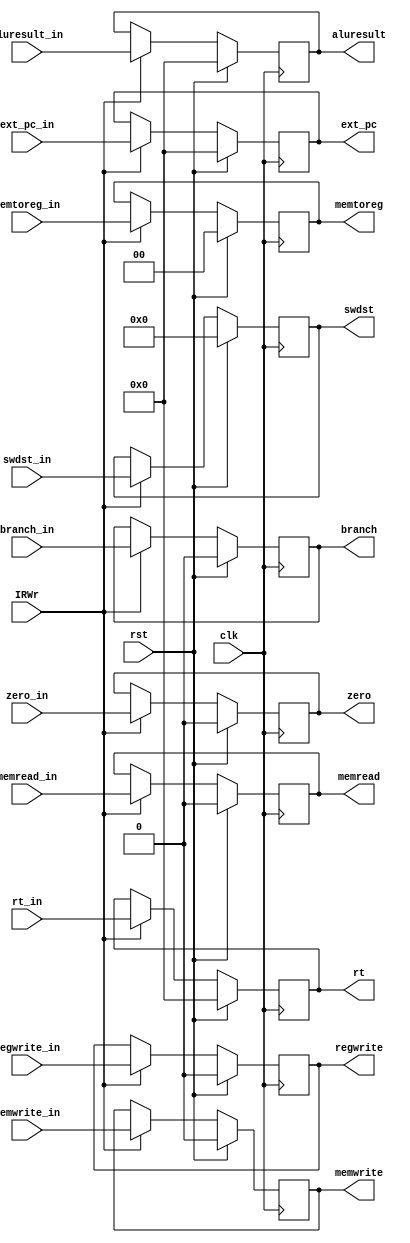
module ex_mem_ir (
   input         clk,
   input         rst,
   input         IRWr, 
   input [31:0] ext_pc_in,
   input [31:0] aluresult_in,
   input zero_in,
   input [31:0] rt_in,
   input [4:0] swdst_in,
   input branch_in,
   input memread_in,
   input memwrite_in,
   input regwrite_in,
   input [1:0] memtoreg_in,

   output reg [31:0] ext_pc,
   output reg [31:0] aluresult,
   output reg zero,
   output reg [31:0] rt,
   output reg [4:0] swdst,
   output reg branch,
   output reg memread,
   output reg memwrite,
   output reg regwrite,
   output reg [1:0] memtoreg
);
               
   always @(posedge clk) begin
      if ( rst )
      begin 
         ext_pc<=0;
         aluresult<=0;
         zero<=0;
         rt<=0;
         swdst<=0;
         branch<=0;
         memread<=0;
         memwrite<=0;
         regwrite<=0;
         memtoreg<=0;
      end
      else if (IRWr)
      begin
         ext_pc<=ext_pc_in;
         aluresult<=aluresult_in;
         zero<=zero_in;
         rt<=rt_in;
         swdst<=swdst_in;
         branch<=branch_in;
         memread<=memread_in;
         memwrite<=memwrite_in;
         regwrite<=regwrite_in;
         memtoreg<=memtoreg_in;
      end
   end // end always
      
endmodule